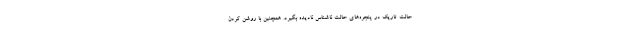
حالت تاریک در پنجره‌های حالت ناشناس نادیده بگیرد. همچنین با روشن کردن